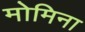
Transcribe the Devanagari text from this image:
मोमिना